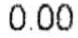
0.00